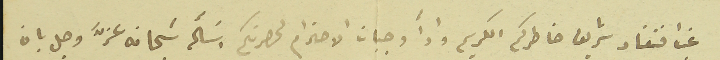
غب افتقاد شريف خاطركم الكريم وادآ واجبات الاحترام لحضرتكم اسَالَه سَبخانه عزَّ وجل بان